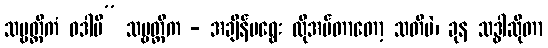
သဗ္ဗတ္ထိကံ ဝဒါမိ” သဗ္ဗတ္ထိက - အချိန်မရွေး လိုအပ်တာတော့ သတိပဲ၊ ခုန သဒ္ဓါဆိုတာ